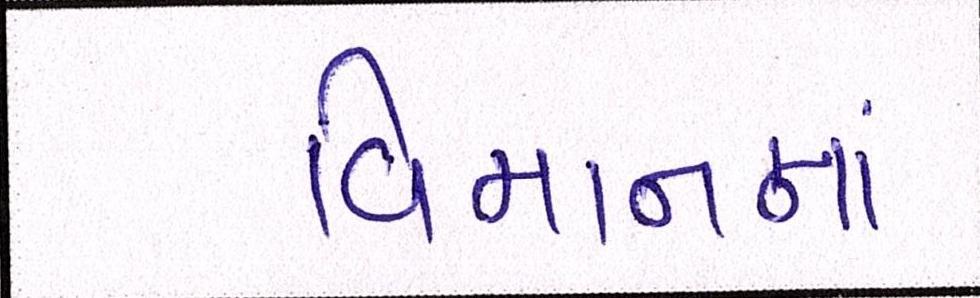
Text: વિમાનમાં